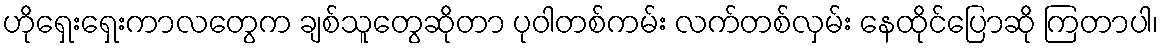
ဟိုရှေးရှေးကာလတွေက ချစ်သူတွေဆိုတာ ပုဝါတစ်ကမ်း လက်တစ်လှမ်း နေထိုင်ပြောဆို ကြတာပါ၊